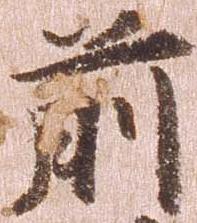
前